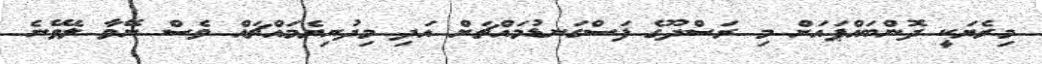
މިރެޔަކީ ދޮންބައްޕައަށް މި ރަސްދޫގެ ފަސްގަނޑުމައްޗަށް އަދި މިދުނިޔެމައްޗައް ވެސް ނޭވާ ލެވޭނެ